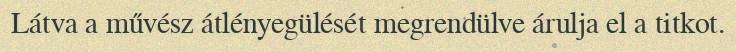
Látva a művész átlényegülését megrendülve árulja el a titkot.